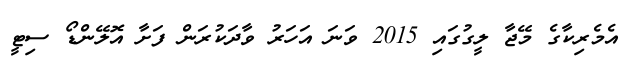
އެމެރިކާގެ މޭޖާ ލީގުގައި 2015 ވަނަ އަހަރު ވާދަކުރަން ފަށާ އޮލޭންޑޯ ސިޓީ